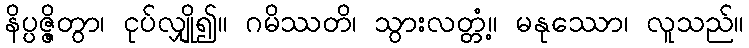
နိပ္ပဇ္ဇိတွာ၊ ငုပ်လျှို၍။ ဂမိဿတိ၊ သွားလတ္တံ့။ မနုဿော၊ လူသည်။